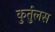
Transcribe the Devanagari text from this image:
कुर्तुलस